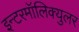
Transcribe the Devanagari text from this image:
इन्टरमॉलिक्युलर